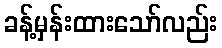
ခန့်မှန်းထားသော်လည်း